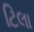
ટિલા